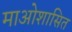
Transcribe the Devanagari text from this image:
माओशासित